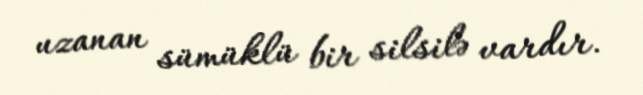
uzanan sümüklü bir silsilə vardır.